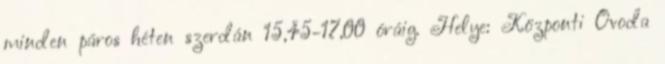
minden páros héten szerdán 15,45-17,00 óráig. Helye: Központi Óvoda